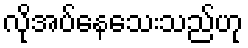
လိုအပ်နေသေးသည်ဟု